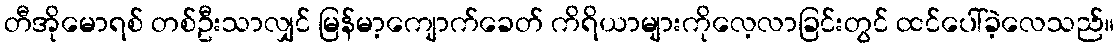
တီအိုမောရစ် တစ်ဦးသာလျှင် မြန်မာ့ကျောက်ခေတ် ကိရိယာများကိုလေ့လာခြင်းတွင် ထင်ပေါ်ခဲ့လေသည်။